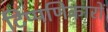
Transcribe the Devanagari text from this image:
टिप्पणिकारों